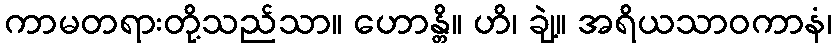
ကာမတရားတို့သည်သာ။ ဟောန္တိ။ ဟိ၊ ချဲ့။ အရိယသာဝကာနံ၊